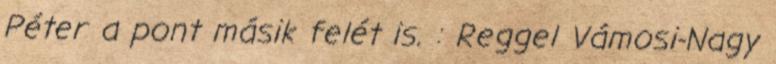
Péter a pont másik felét is. : Reggel Vámosi-Nagy